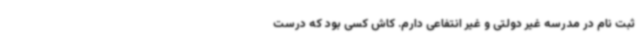
ثبت نام در مدرسه غیر دولتی و غیر انتفاعی دارم. کاش کسی بود که درست